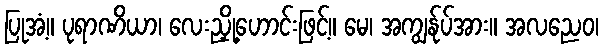
ပြုအံ့။ ပုရာဏိယာ၊ လေးညှို့ဟောင်းဖြင့်။ မေ၊ အကျွန်ုပ်အား။ အလညေဝ၊